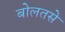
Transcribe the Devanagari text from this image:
बोलतसे